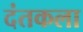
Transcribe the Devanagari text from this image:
दंतकला